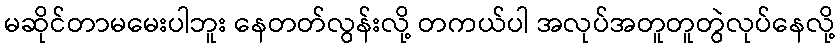
မဆိုင်တာမမေးပါဘူး နေတတ်လွန်းလို့ တကယ်ပါ အလုပ်အတူတူတွဲလုပ်နေလို့